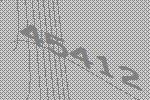
45412